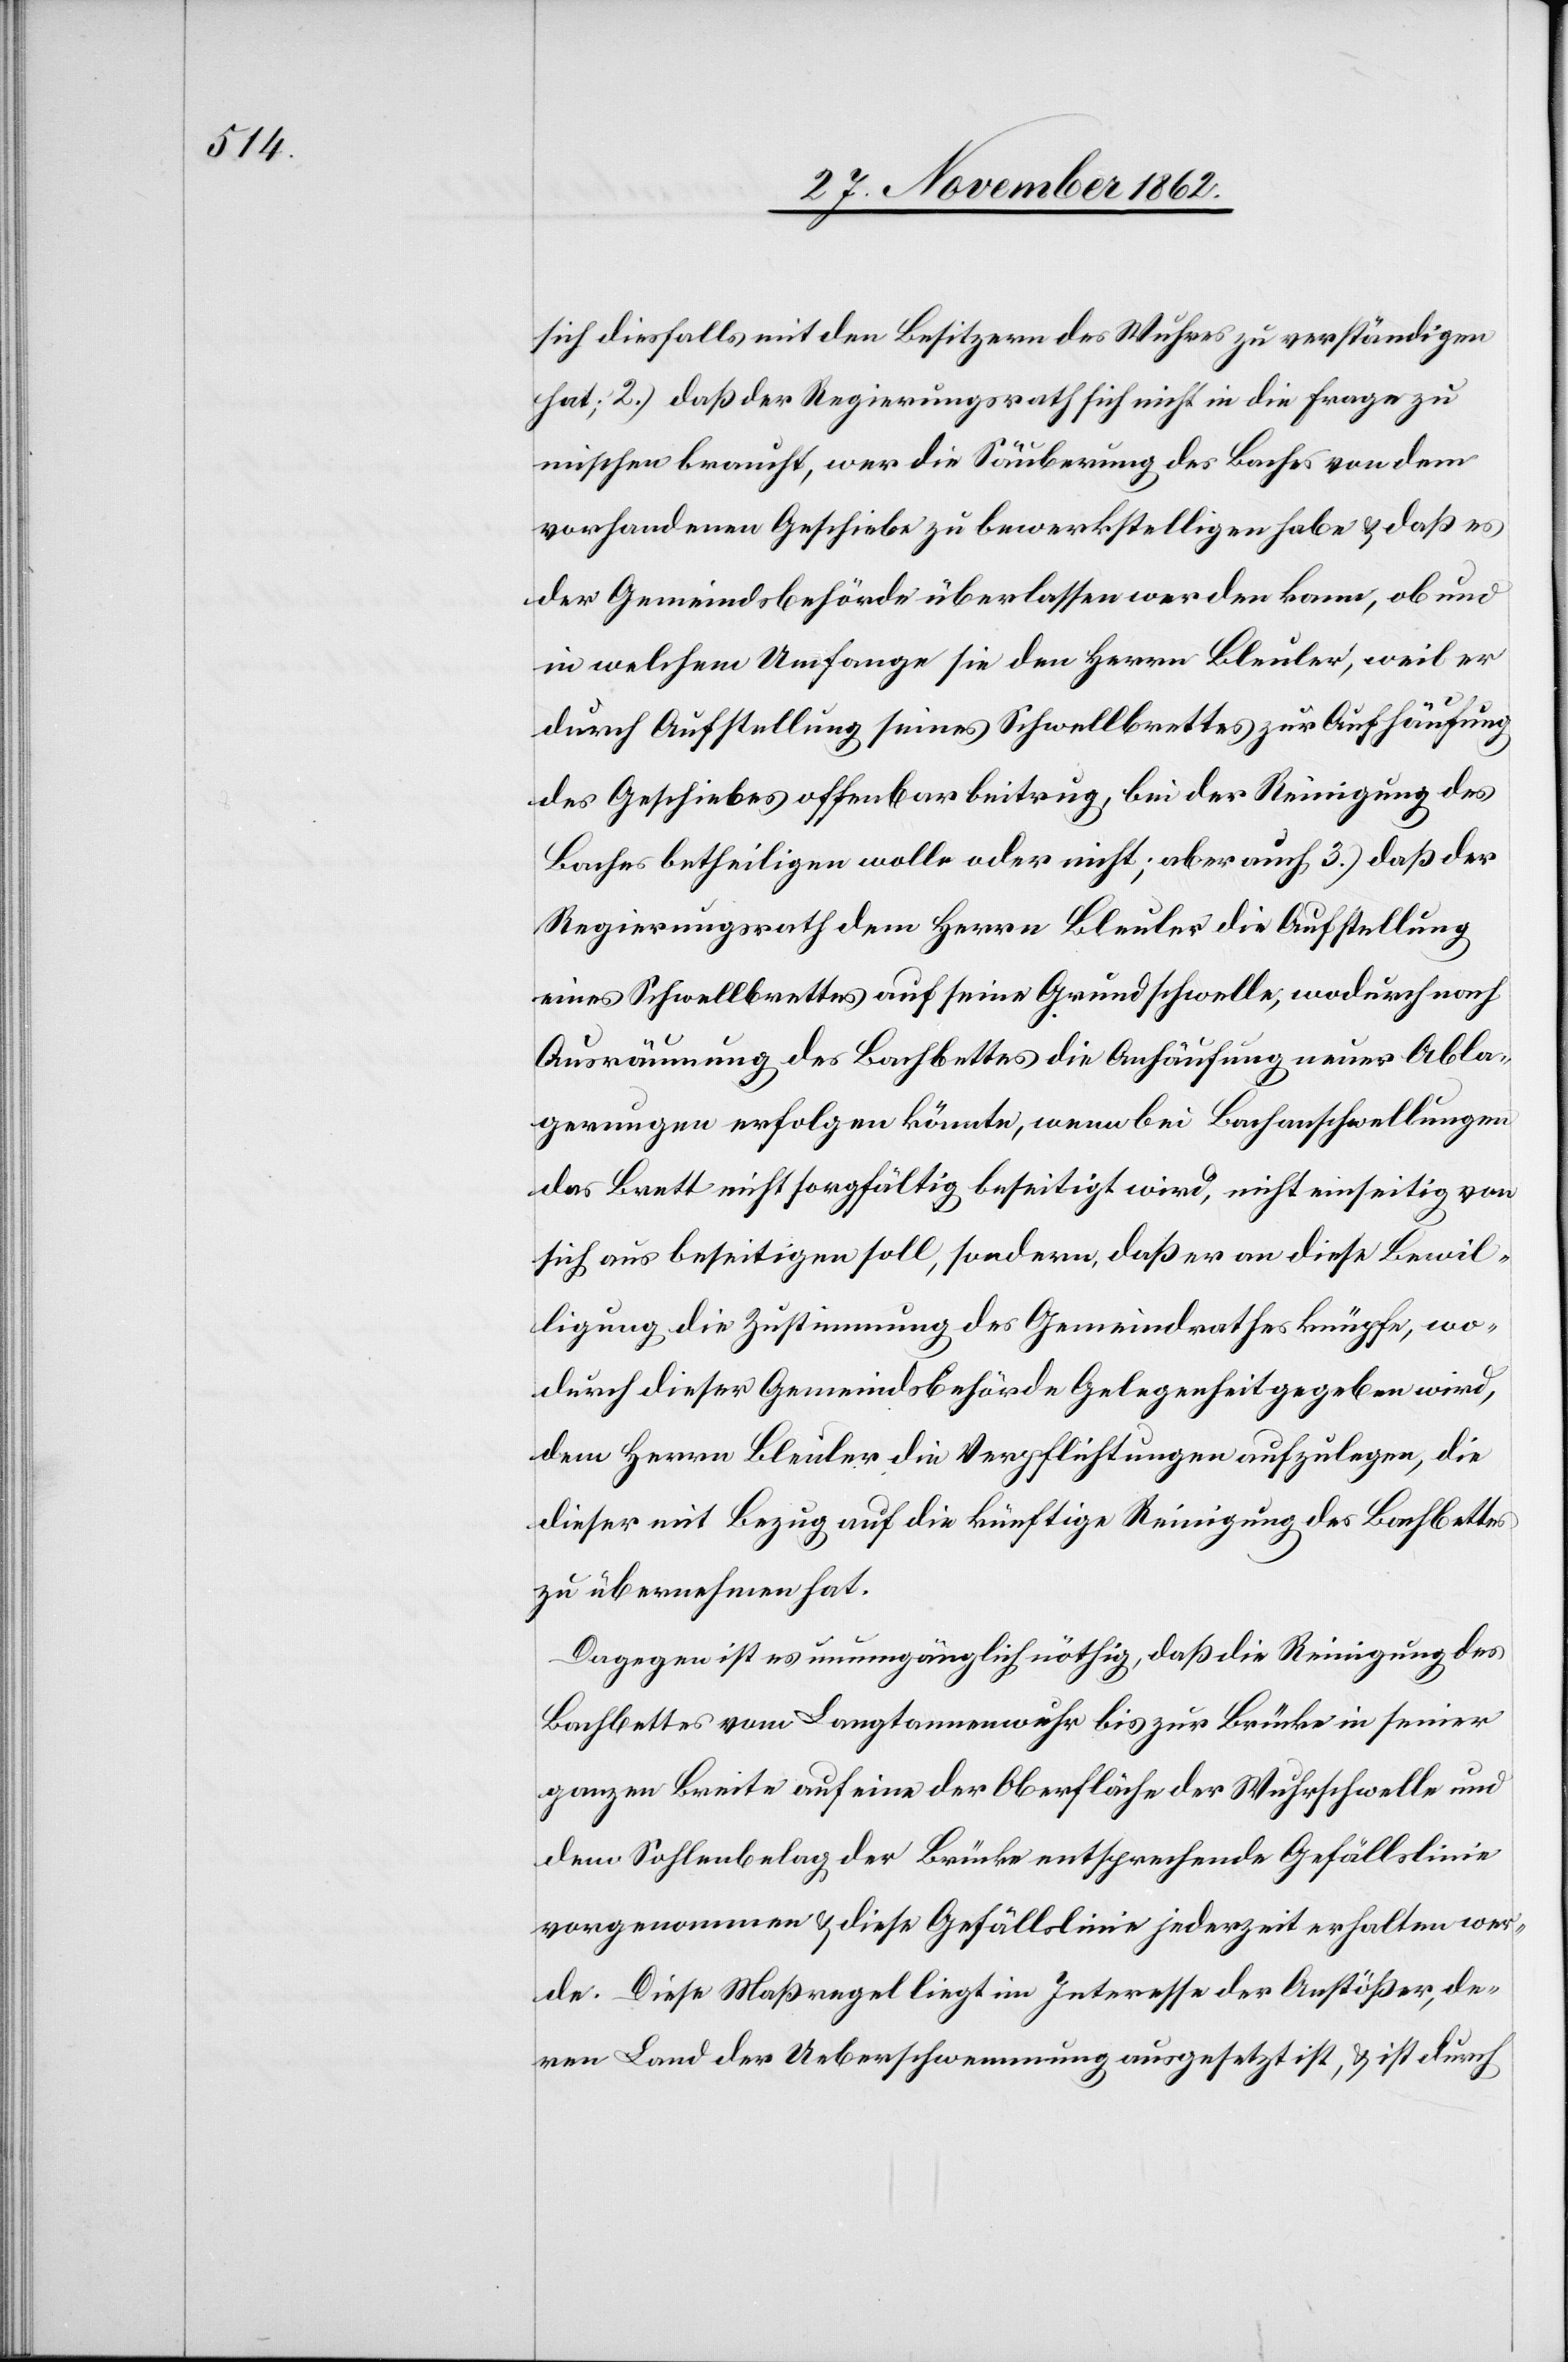
sich diesfalls mit den Beisitzern des Wuhres zu verständigen
hat; 2.) daß der Regierungsrath sich nicht in die Frage zu
mischen braucht, wer die Säuberung des Baches von dem
vorhandenen Geschiebe zu bewerkstelligen habe u. daß es
der Gemeindsbehörde überlassen werden kann, ob und
in welchem Umfange sie den Herrn Bleuler, weil er
durch Aufstellung seines Schwellbrettes zur Aufhäufung
des Geschiebes offenbar beitrug, bei der Reinigung des
Baches betheiligen wolle oder nicht; aber auch 3.) daß der
Regierungsrath dem Herrn Bleuler die Aufstellung
eines Schwellbrettes auf seine Grundschwelle, wodurch nach
Ausräumung des Bachbettes die Anhäufung neuer Abla¬
gerungen erfolgen könnte, wenn bei Bachanschwellungen
das Brett nicht sorgfältig beseitigt wird, nicht einseitig von
sich aus beseitigen soll, sondern daß er an diese Bewil¬
ligung die Zustimmung des Gemeindrathes knüpfe, wo¬
durch dieser Gemeindsbehörde Gelegenheit gegeben wird,
dem Herrn Bleuler die Verpflichtungen aufzulegen, die
dieser mit Bezug auf die künftige Reinigung des Bachbettes
zu übernehmen hat.
Dagegen ist es unumgänglich nöthig, daß die Reinigung des
Bachbettes vom Langtannenwuhr bis zur Brücke in seiner
ganzen Breite auf eine der Oberfläche der Wuhrschwelle und
dem Sohlenbelag der Brücke entsprechende Gefällslinie
vorgenommen u. diese Gefällslinie jederzeit erhalten wer¬
de. Diese Maßregel liegt im Interesse der Anstößer, de¬
ren Land der Ueberschwemmung ausgesetzt ist, u. ist durch